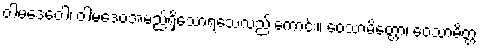
ဝါမဒေဝေါ၊ ဝါမဒေဝအမည်ရှိသောရသေ့လည်းကောင်း။ ဝေသာမိတ္တော၊ ဝေသာမိတ္တ